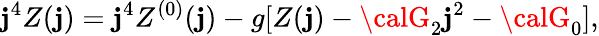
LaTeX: \mathbf{j}^{4}Z(\mathbf{j})=\mathbf{j}^{4}Z^{(0)}(\mathbf{j})-g[Z(\mathbf{j})-{\calG}_{2}\mathbf{j}^{2}-{\calG}_{0}],